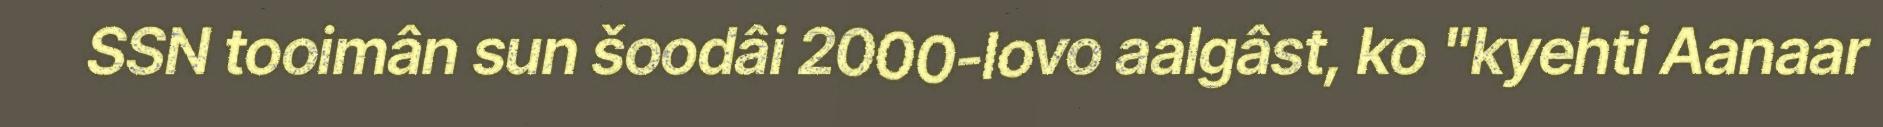
SSN tooimân sun šoodâi 2000-lovo aalgâst, ko "kyehti Aanaar